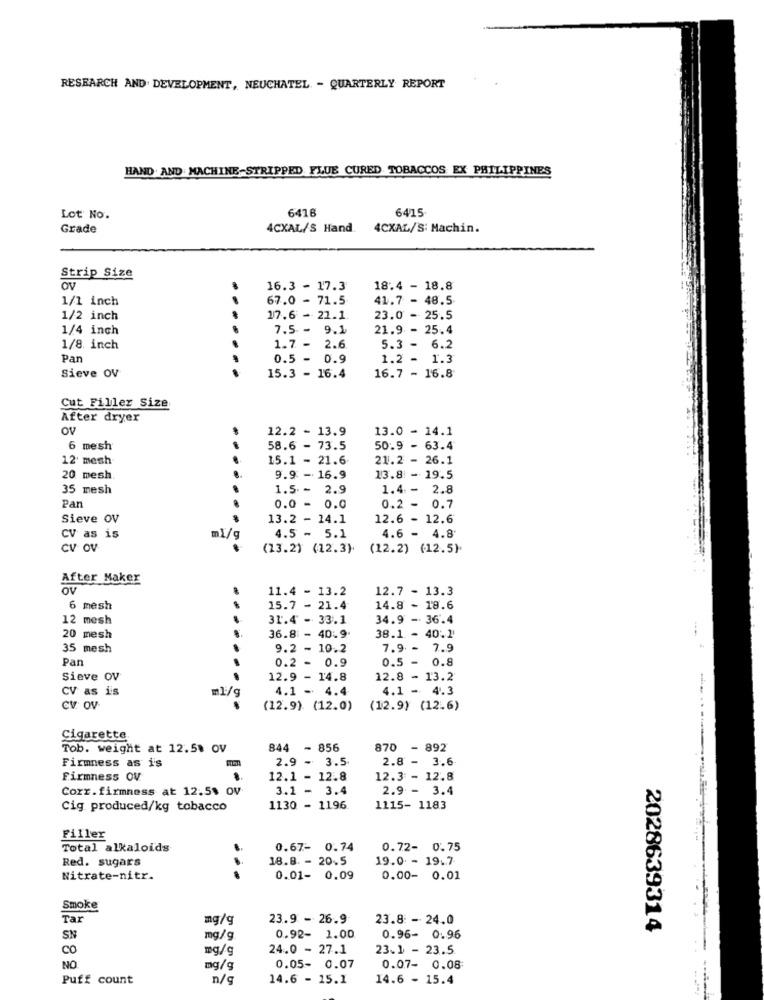
RESEARCH AND DEVELOPMENT, NEUCHATEL - QUARTERLY REPORT
HAND. AND MACHINE-STRIPPED FLUE CURED TOBACCOS EX PHILIPPINES
6416
6415
Lot No.
Grade
4CXAL/S Hand.
4CXAL/S: Machin.
Strip Size
ov
16.3 - 17.3
18.4 - 18.8
1/1 inch
67.0 - 71.5
41.7 - 48.5
1/2 inch
17.6 - 21.1
23.0 - 25.5
1/4 inch
7.5- 9.1
21.9 - 25.4
6.2
1/8 inch
.....
1.7 - 2.6
5.3 -
Pan
0.5 - 0.9
1.2 - 1.3
Sieve OV
15.3 - 16.4
16.7 - 16.8
Cut Filler Size
After dryer
OV
12.2 - 13.9
13.0 - 14.1
6 mesh
58.6 - 73.5
50.9 - 63.4
12' mesh
15.1 - 21.6
21.2 - 26.1
20 mesh
...
9.9 - 16.9
13.8 - 19.5
35 mesh
1.5. - 2.9
1.4-
2.8
Pan
0.0 - 0.0
0.2 -
0.7
Sieve OV
13.2 - 14.1
12.6 - 12.6
CV as is
ml/g
4.5 - 5.1
4.6 - 4.8
CV OV
(13.2) (12.3).
(12.2) (12.5)
After Maker
11.4 - 13.2
12.7 - 13.3
6 mesh
15.7 - 21.4
14.8 - 18.6
12 mesh
31.4 - 33.1
34.9 - 36.4
20 mesh
36.8 - 40.9.
38.1 - 40.1'
35 mesh
.
9.2 - 10.2
7.9 - 7.9
Pan
0.2 - 0.9
0.5 - 0.8
Sieve OV
12.9 - 14.8
12.8 - 13.2
CV as is
ml/g
4.1 - 4.4
4.1 - 4.3
CV OV-
.
(12.9) (12.0)
(12.9) (12.6)
Cigarette.
Tob. weight at 12.5% OV
844 - 856
870 - 892
Firmness as i's
2.9 -
3.5
2.8 - 3.6
Firmness OV
12.1 - 12.8
12.3 - 12.8
Corr.firmness at 12.5% OV
3.1 .
3.4
2.9 - 3.4
Cig produced/kg tobacco
1130 - 1196
1115- 1183
Filler
Total alkaloids
.
0.67- 0.74
0.72- 0.75
Red. sugars
18.8 - 20.5
19.0 - 19.7
Nitrate-nitr.
0.01- 0.09
0.00- 0.01
Smoke
Tar
mg/g
23.9 - 26.9
23.8 - 24.0
2028639314
SN
mg/g
0.92- 1.00
0.96- 0.96
Co
mg/g
24.0 - 27.1
23.1 - 23.5.
NO
mg/g
0.05- 0.07
0.07- 0.08
Puff count
n/c
14.6 - 15.1
14.6 - 15.4